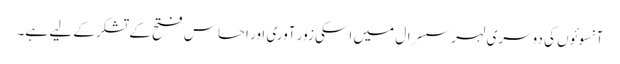
آنسوئوں کی دوسری لہر سسرال میں اسکی زور آوری اور احساس فتح کے تشکر کے لیے ہے۔